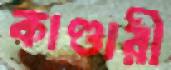
কাণ্ডারী